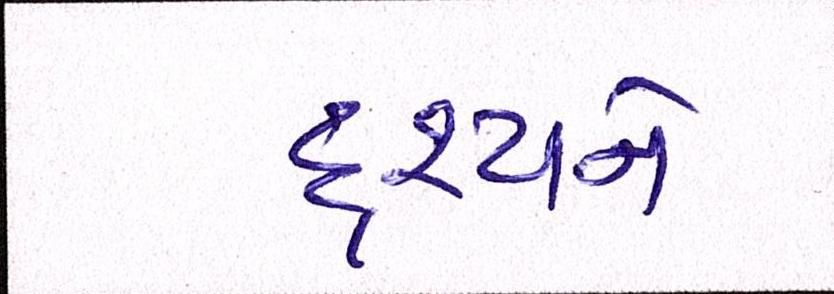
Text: દૃશ્યને